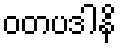
ဝတပဒါနိ